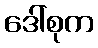
ဒေါ်စုက